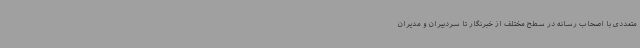
متعددی با اصحاب رسانه در سطح مختلف از خبرنگار تا سردبیران و مدیران